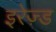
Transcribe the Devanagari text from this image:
इरेज़्ड